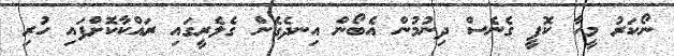
ނޯކަރު މީހާ ކޮފީ ގެނެސް ދިނުމުން އެބޯން އިނދެގެން ގެލެރީގައި ރައްކާކޮށްފައި ހުރި